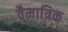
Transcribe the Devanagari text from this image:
वैमात्रिक